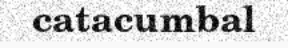
catacumbal